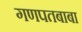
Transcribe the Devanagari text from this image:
गणपतबाबा